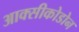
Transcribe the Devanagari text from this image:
आक्सीकोडोन